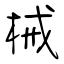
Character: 械